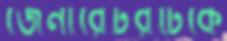
জেনারেটরটিকে